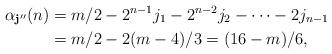
LaTeX: \begin{align*}\alpha_{\mathbf{j}''}(n) & = m/2-2^{n-1}j_1 - 2^{n-2}j_2 - \cdots - 2j_{n-1} \\& = m/2 - 2(m-4)/3 = (16-m)/6,\end{align*}